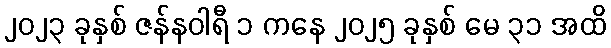
၂၀၂၃ ခုနှစ် ဇန်နဝါရီ ၁ ကနေ ၂၀၂၅ ခုနှစ် မေ ၃၁ အထိ